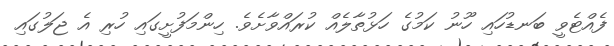
ފެއްޓެވީ ބަނޑުހައި ހޫނު ކަމުގެ ހަޅުތާލެއް ކުރައްވާށެވެ. ހިންމަފުށީގައި ހުރި އެ ޖަލުގައި